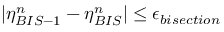
| \eta _ { B I S - 1 } ^ { n } - \eta _ { B I S } ^ { n } | \le \epsilon _ { b i s e c t i o n }